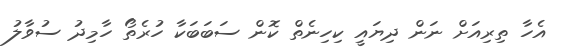
އެހާ ތިރިއަށް ނަން ދިޔައީ ކިހިނެތް ކޮން ސަބަބަކާ ހުރެތޯ ހާމިދު ސުވާލު